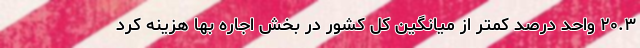
٢٠.٣ واحد درصد کمتر از میانگین کل کشور در بخش اجاره بها هزینه کرد